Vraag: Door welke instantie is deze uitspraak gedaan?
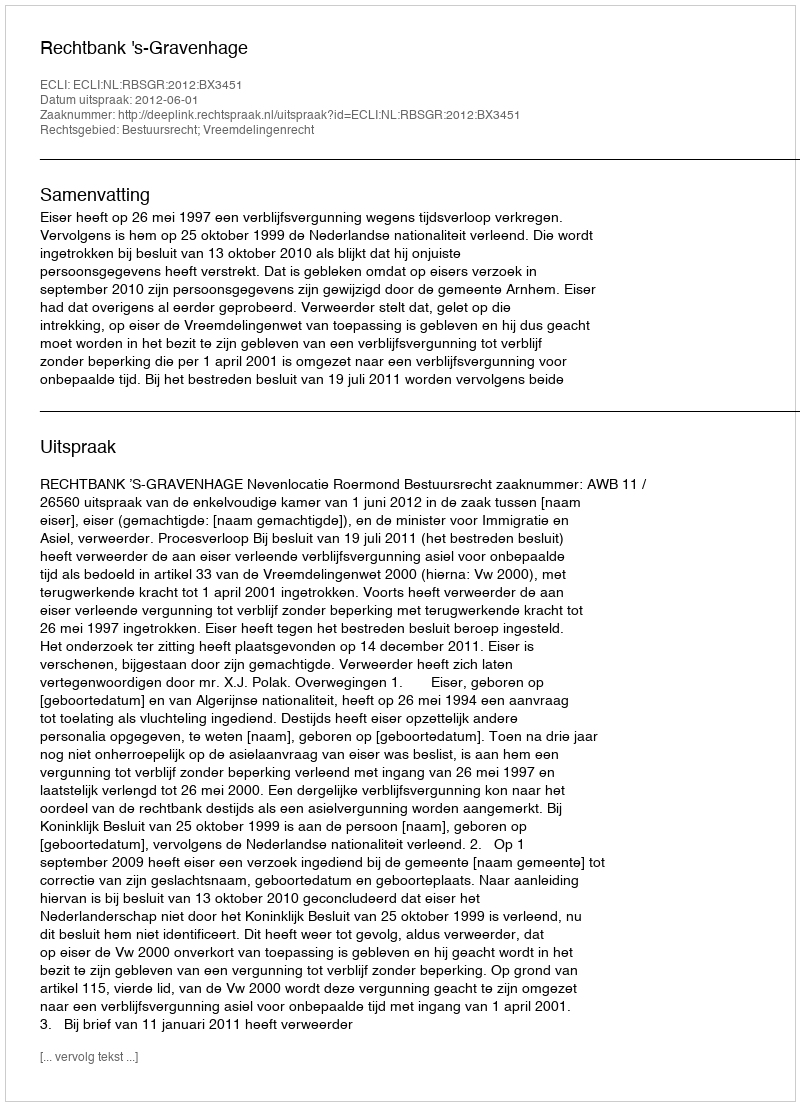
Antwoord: Rechtbank 's-Gravenhage